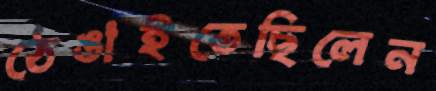
ঠেঙাইতেছিলেন